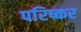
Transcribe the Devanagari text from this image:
परिष्कर